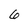
Character: 6